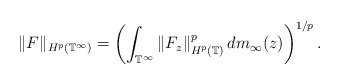
\begin{align*} \|F\|_{H^p(\mathbb{T}^\infty)} = \left( \int_{\mathbb{T}^\infty} \|F_z\|_{H^p(\mathbb{T})}^p \, dm_\infty(z) \right)^{1/p}. \end{align*}